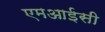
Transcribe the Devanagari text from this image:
एमआईसी